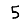
Digit: 5